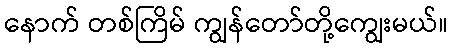
နောက် တစ်ကြိမ် ကျွန်တော်တို့ကျွေးမယ်။